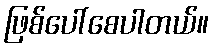
ဖြစ်ပေါ်စေပါတယ်။